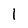
Character: l